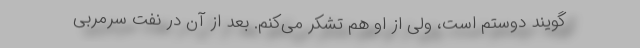
‌گویند دوستم است، ولی از او هم تشکر می‌کنم. بعد از آن در نفت سرمربی